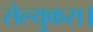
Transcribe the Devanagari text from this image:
सेल्युकस।